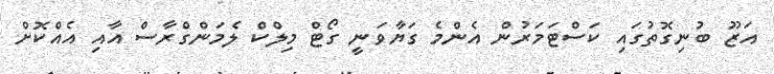
އަޒޫ ބުނިގޮތުގައި ކަސްޓަމަރުން އެންމެ ގަޔާވަނީ ގޯޓް މިލްކް ލެމަންގްރާސް އާއި އެއްކޮށް